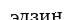
эдзин